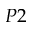
P 2